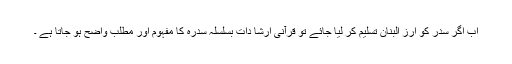
اب اگر سدر کو ارز البنان تسلیم کر لیا جائے تو قرآنی ارشا دات بسلسلہ سدرہ کا مفہوم اور مطلب واضح ہو جاتا ہے ۔